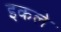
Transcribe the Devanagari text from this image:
इकले